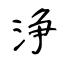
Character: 浄